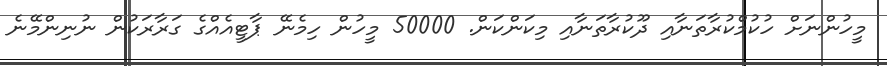
މީހުންނަށް ހުކުމްކުރާތަނާއި ދޫކުރާތަނާއި މިކަންކަން. 50000 މީހުން ހިމެނޭ ޕާޓީއެއްގެ ގަރާރަކުން ނުނިންމޭނެ